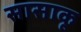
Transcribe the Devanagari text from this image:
सासाकू